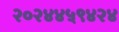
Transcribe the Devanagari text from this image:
२०२४४५९४२४